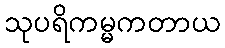
သုပရိကမ္မကတာယ